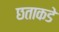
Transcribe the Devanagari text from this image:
छताकडे